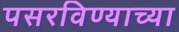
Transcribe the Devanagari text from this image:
पसरविण्याच्या